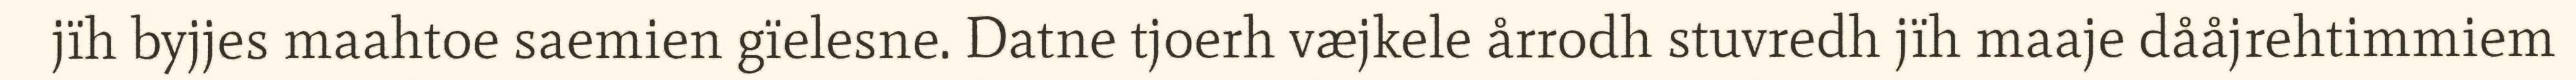
jïh byjjes maahtoe saemien gïelesne. Datne tjoerh væjkele årrodh stuvredh jïh maaje dååjrehtimmiem